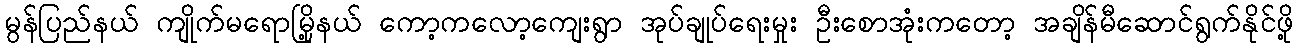
မွန်ပြည်နယ် ကျိုက်မရောမြို့နယ် ကော့ကလော့ကျေးရွာ အုပ်ချုပ်ရေးမှုး ဦးစောအုံးကတော့ အချိန်မီဆောင်ရွက်နိုင်ဖို့